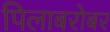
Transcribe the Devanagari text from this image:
पिलाबरोबर